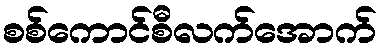
စစ်ကောင်စီလက်အောက်